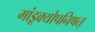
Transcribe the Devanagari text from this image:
मांडूक्योपनिषत्